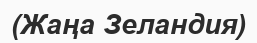
(Жаңа Зеландия)